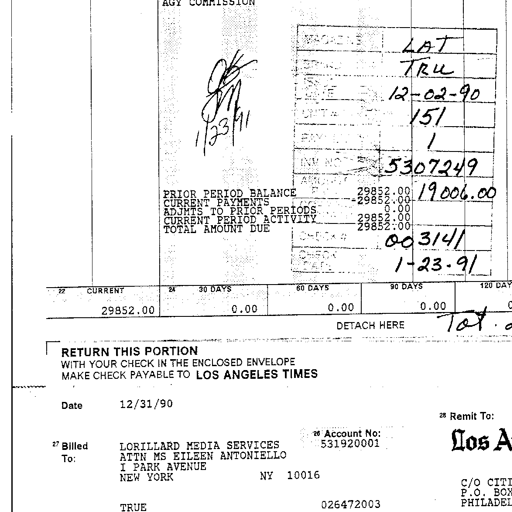
AGY COMMISSION
OK
JM
1/23/91
MAGAZINE LAT
PRODUCT TRU
ISSUE DATE 12-02-90
UNIT # 151
PAY CODE 1
INV NO 5307249
PRIOR PERIOD BALANCE 29852.00 AMOUNT 19006.00
CURRENT PAYMENTS -29852.00
ADJMTS TO PRIOR PERIODS 0.00
CURRENT PERIOD ACTIVITY 29852.00
TOTAL AMOUNT DUE 29852.00
CHECK # 003141
CHECK DATE 1-23-91
22 CURRENT 24 30 DAYS 60 DAYS 90 DAYS 120 DAY
29852.00 0.00 0.00 0.00 0
DETACH HERE Tot .
RETURN THIS PORTION
WITH YOUR CHECK IN THE ENCLOSED ENVELOPE
MAKE CHECK PAYABLE TO LOS ANGELES TIMES
Date 12/31/90
27 Billed To: LORILLARD MEDIA SERVICES
ATTN MS EILEEN ANTONIELLO
1 PARK AVENUE
NEW YORK NY 10016 26 Account No:
531920001 28 Remit To: Los A
TRUE 026472003 C/O CITI
P.O. BOX
PHILADEL